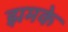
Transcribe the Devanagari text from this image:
झमके